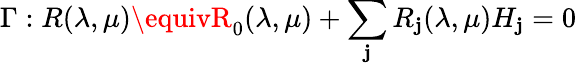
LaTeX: \Gamma:R(\lambda,\mu)\equivR_{0}(\lambda,\mu)+\sum_{\mathbf{j}}R_{\mathbf{j}}(\lambda,\mu)H_{\mathbf{j}}=0